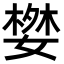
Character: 𭒓